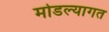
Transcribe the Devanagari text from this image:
मोडल्यागत